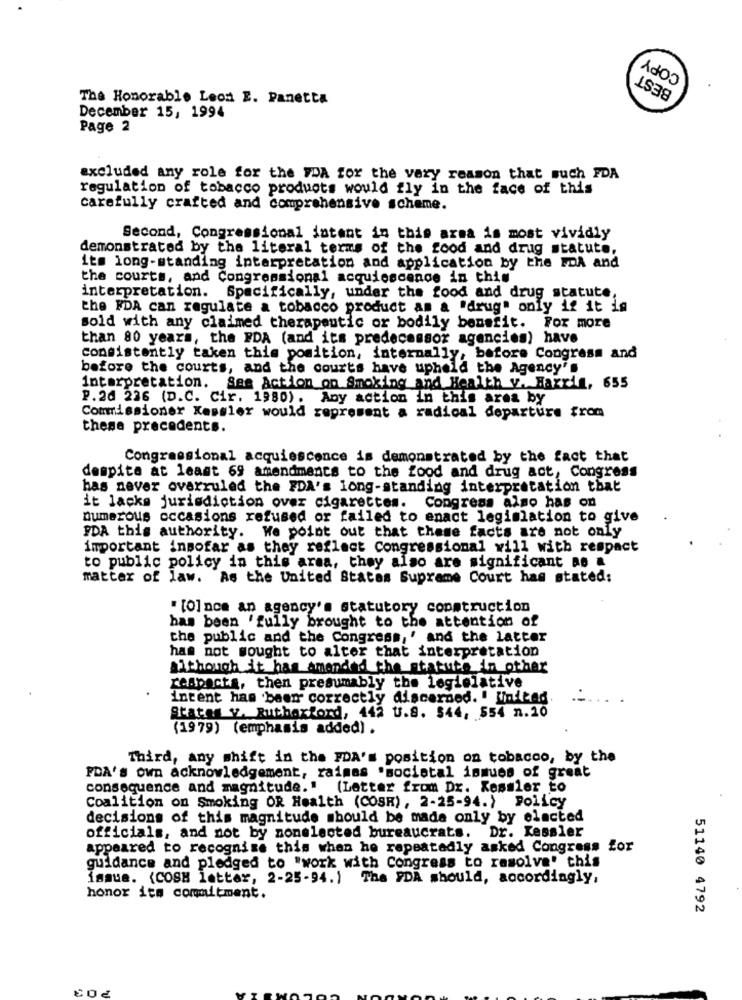
COPY
BEST
The Honorable Leon E. Panetta
December 15, 1994
Page 2
excluded any role for the FDA for the vary reason that such FDA
regulation of tobacco products would fly in the face of this
carefully crafted and comprehensive scheme.
Second, Congressional datent in this area is most vividly
demonstrated by the literal terms of the food and drug statute,
its long-standing interpretation and application by the FDA and
the courts, and Congressional acquiescence in this
interpretation. Specifically, under the food and drug statute,
the FDA can regulate a tobacco product am a "drug" only if it is
sold with any claimed therapeutic or bodily benefit. For more
than 80 years, the FDA (and its predecessor agencies) have
consistently taken this position, internally, before Congress and
before the courts, and the courts have upheld the Agency's
interpretation. See Action on Smoking and Health v. Harris, 655
P.26 226 (D.C. Cir. 1980). Any action in this area by
Commissioner Kessler would represent a radical departure from
these precedents.
Congressional acquiescence is demonstrated by the fact that
despite at least 69 amendments to the food and drug act, Congress
has never overruled the FDA's long-standing interpretation that
Congress also has on
it lacks jurisdiction over cigarettes.
numerous occasions refused or failed to enact legislation to give
PDA this authority. We point out that these facts are not only
important insofar as they reflect Congressional will with respect
to public policy in this area, they also are significant no &
matter of law. As the United States Supreme Court has stated:
" [O] nce an agency's statutory construction
has been 'fully brought to the attention of
the public and the Congress,' and the latter
has not sought to alter that interpretation
although it has amended the statute in other
respects, then presumably the legislative
intent has been correctly discarded. ! United.
Stater v. Rutherford, 442 U.S. 544, 554 n.10
(1979) (emphasis added) .
Third, any shift in the PDA's position on tobacco, by the
PDA's own acknowledgement, raimas "societal inmues of great
consequence and magnitude." (Letter from Dr. Kessler Eo
Coalition on Smoking OR Health (COSR), 2-25-94.) Policy
decisions of this magnitude should be made only by elacted
officials, and not by nonelected bureaucrats. Dr. Kessler
appeared to recognise this when he repeatedly asked Congress for
guidance and pledged to "work with Congress to resolve' this
issue. (COSH latter, 2-25-94.) The FDA should, accordingly,
honor its commitment.
51140 4792